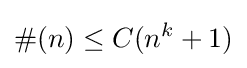
\#(n)\leq C(n^{k}+1)